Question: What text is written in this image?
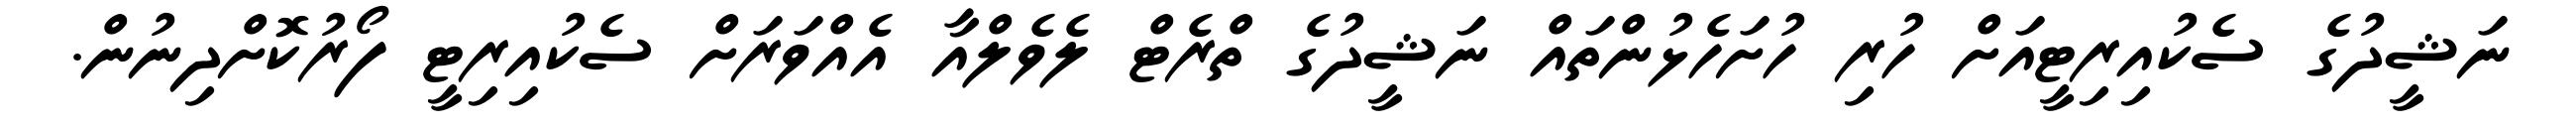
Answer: ނަޝީދުގެ ސެކުއިރިޓީއަށް ހުރި ހުށަހެޅުންތައް ނަޝީދުގެ ތްރެޓް ލެވެލްއާ އެއްވަރަށް ސެކުއިރިޓީ ފޯރުކޮށްދިނުން.